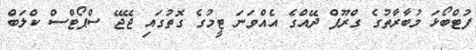
ފުޓްބޯޅަ މުބާރާތުގެ ގްރޫޕް ދޭއްގެ އެއްވަނަ ޓީމުގެ ގޮތުގައި ޖޭޖޭ ސްޕޯޓްސް ކްލަބް